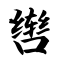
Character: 辔